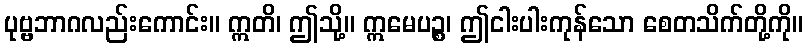
ပုဗ္ဗဘာဂလည်းကောင်း။ ဣတိ၊ ဤသို့။ ဣမေပဉ္စ၊ ဤငါးပါးကုန်သော စေတသိက်တို့ကို။